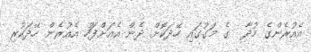
އެއުރެންގެ މުދާ  ގެ މަގުގައި ހޭދަކޮށް ދެން އެއަށްފަހު އެއުރެން ހޭދަކުރި